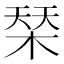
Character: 𣓁